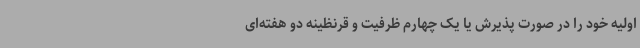
اولیه خود را در صورت پذیرش یا یک چهارم ظرفیت و قرنظینه دو هفته‌ای